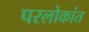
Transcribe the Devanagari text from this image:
परलोकांत